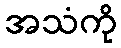
အသံကို